Scottish Certificate of Education, 1962
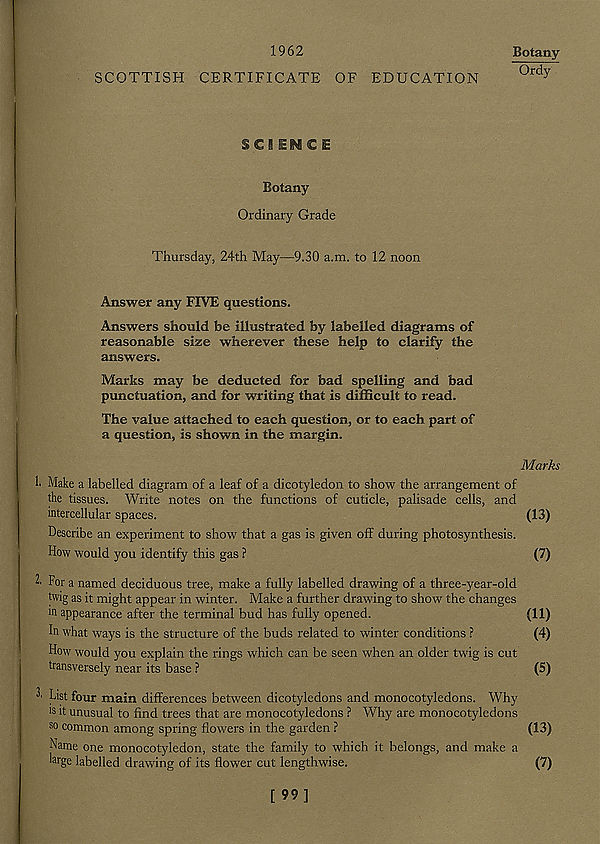
1962
Botany
Ordy
SCOTTISH CERTIFICATE OF EDUCATION
SCISM C E
Botany
Ordinary Grade
Thursday, 24th May—9.30 a.m. to 12 noon
Answer any FIVE questions.
Answers should be illustrated by labelled diagrams of
reasonable size wherever these help to clarify the
answers.
Marks may be deducted for bad spelling and bad
punctuation, and for writing that is difficult to read.
The value attached to each question, or to each part of
a question, is shown in the margin.
Marks
1. Make a labelled diagram of a leaf of a dicotyledon to show the arrangement of
the tissues. Write notes on the functions of cuticle, palisade cells, and
intercellular spaces.
(13)
Describe an experiment to show that a gas is given off during photosynthesis.
How would you identify this gas ?
(7)
For a named deciduous tree, make a fully labelled drawing of a three-year-old
twig as it might appear in winter. Make a further drawing to show the changes
in appearance after the terminal bud has fully opened.
(11)
In what ways is the structure of the buds related to winter conditions ?
(4)
How would you explain the rings which can be seen when an older twig is cut
transversely near its base ?
(5)
List four main differences between dicotyledons and monocotyledons. Why
18 it unusual to find trees that are monocotyledons ? Why are monocotyledons
so common among spring flowers in the garden ?
(13)
Name one monocotyledon, state the family to which it belongs, and make a
tage labelled drawing of its flower cut lengthwise.
(7)
[99]